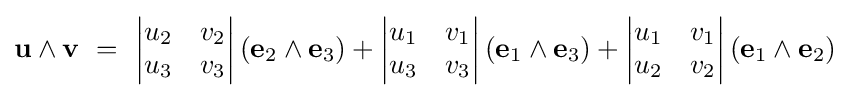
\mathbf {u} \wedge \mathbf {v} \ =\ {\begin{vmatrix}u_{2}&v_{2}\\u_{3}&v_{3}\end{vmatrix}}\left(\mathbf {e} _{2}\wedge \mathbf {e} _{3}\right)+{\begin{vmatrix}u_{1}&v_{1}\\u_{3}&v_{3}\end{vmatrix}}\left(\mathbf {e} _{1}\wedge \mathbf {e} _{3}\right)+{\begin{vmatrix}u_{1}&v_{1}\\u_{2}&v_{2}\end{vmatrix}}\left(\mathbf {e} _{1}\wedge \mathbf {e} _{2}\right)